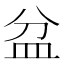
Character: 盆